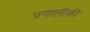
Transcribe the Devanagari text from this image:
प्रणालीकी